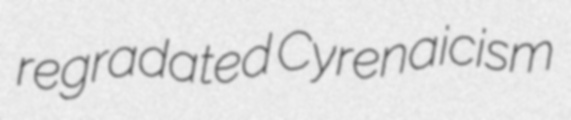
regradated Cyrenaicism